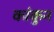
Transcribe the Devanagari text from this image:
कांकुन